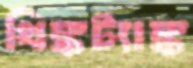
থিঙ্কট্যাঙ্ক